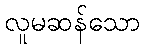
လူမဆန်သော